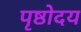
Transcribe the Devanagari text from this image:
पृष्ठोदय